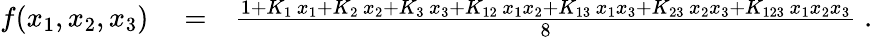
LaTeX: \begin{array}{rlr}{f(x_{1},x_{2},x_{3})}&{{}=}&{\frac{1+K_{1}\, x_{1}+K_{2}\, x_{2}+K_{3}\, x_{3}+K_{12}\, x_{1}x_{2}+K_{13}\, x_{1}x_{3}+K_{23}\, x_{2}x_{3}+K_{123}\, x_{1}x_{2}x_{3}}{8}\; .}\end{array}